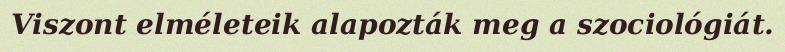
Viszont elméleteik alapozták meg a szociológiát.